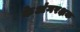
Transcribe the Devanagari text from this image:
केअंगरक्षक